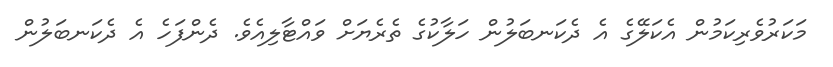
މަކަރުވެރިކަމުން އެކަލޭގެ އެ ދެކަނބަލުން ހަލާކުގެ ތެރެޔަށް ވައްޓާލިއެވެ. ދެންފަހެ އެ ދެކަނބަލުން